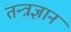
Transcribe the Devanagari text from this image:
तन्त्रज्ञान